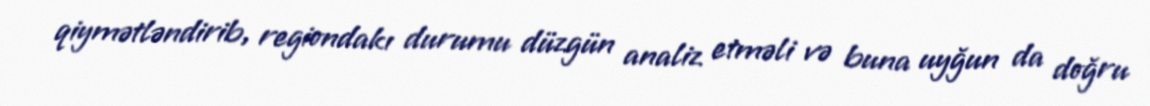
qiymətləndirib, regiondakı durumu düzgün analiz etməli və buna uyğun da doğru